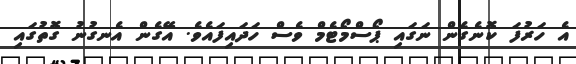
އެ ހަރުފަ ކޮނެގެން ނަގައި ޕޯސްމޯޓެމް ވެސް ހަދައިފައެވެ. އޭގެން އެނގުނު ގޮތުގައި